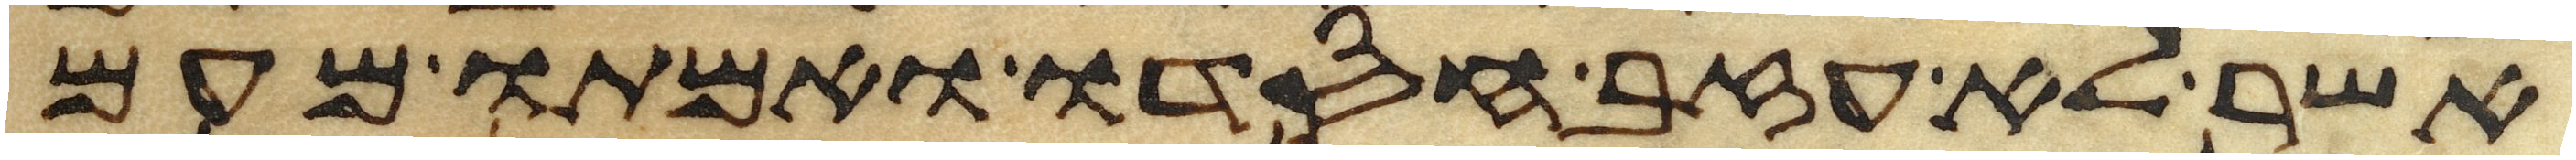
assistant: אשר לא עזב חסדו ואמתו מעם